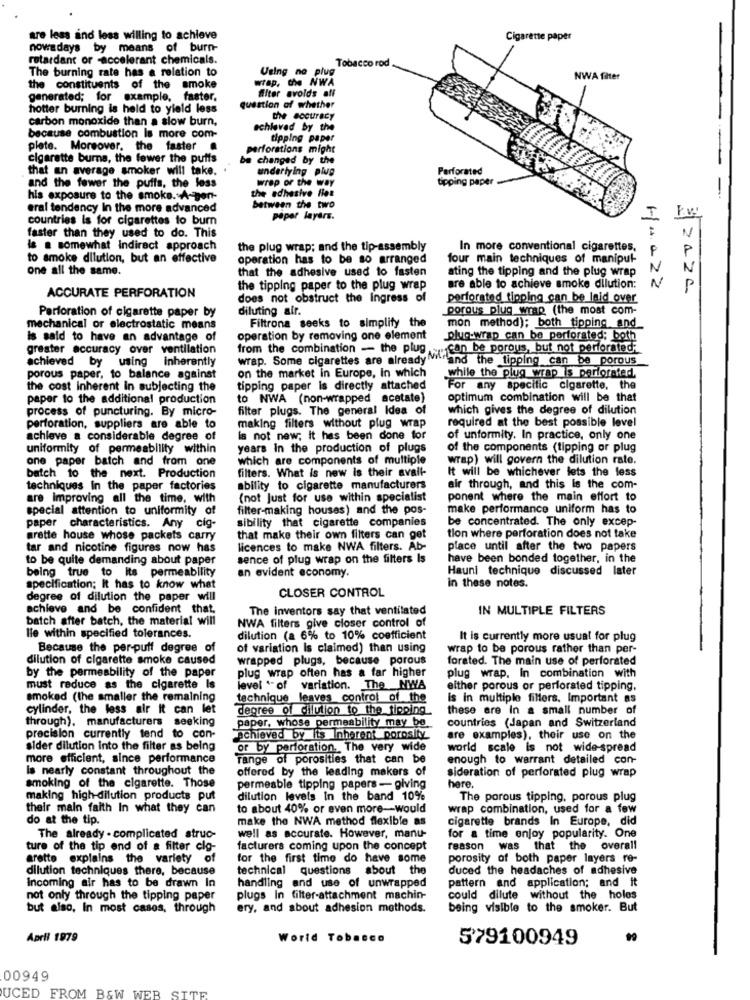
are less and less willing to achieve
Cigarette paper
nowadays by means of burn-
retardant or -accelerant chemicals.
Tobacco rod
The burning rate has a relation to
Using no plug
wrap.the NWA
NWA filter
the constituents of the smoke
filter avolds aff
generated; for example, faster,
hotter burning is held to yield less
question of whether
carbon monoxide than a slow burn,
the accuracy
achieved by the
because combustion Is more com-
tipping paper
plete. Moreover, the faster
perforations might
cigarette burns, the fewer the puffs
be changed by the
that an average smoker will take.
underlying plug
Perforated
tipping paper
and the fewer the puffs, the loss
the adhesive fiet
wrap or the way
his exposure to the smoke. A-gen-
eral tendency In the more advanced
between the two
countries is for cigarettes to burn
paper layers.
I
Ew
faster than they used to do. This
is a somewhat Indirect approach
the plug wrap; and the tip-assembly
In more conventional cigarettes,
to smoke dilution, but an effective
operation has to be so arranged
four main techniques of manipul-
P
one all the same.
that the adhesive used to fasten
ating the tipping and the plug wrap
N
the tipping paper to the plug wrap
are able to achieve smoke dilution:
N
ACCURATE PERFORATION
does not obstruct the Ingress of
perforated tipping can be laid over
diluting air.
porous plug wrap (the most com-
Perforation of cigarette paper by
mechanical or electrostatic means
Filtrona seeks to simplify the
mon method); both tipping and
is said to have an advantage of
operation by removing one element
plug-wrap can be perforated; both
greater accuracy over ventilation
from the combination - the plug we can be porous, but not perforated
achieved by using inherently
wrap. Some cigarettes are already frand the tipping can be porous
porous paper, to balance against
on the market in Europe, In which
while the plug wrap is perforated.
the cost inherent in subjecting the
tipping paper is directly attached
For any specific cigarette, the
paper to the additional production
to NWA (non-wrapped acetate)
optimum combination will be that
process of puncturing. By micro-
filter plugs. The general Idea of
which gives the degree of dilution
required at the best possible level
perforation, suppliers are able to
making filters without plug wrap
achieve a considerable degree of
is not new; it has been done for
of unformity. In practice, only one
uniformity of permeability within
years in the production of plugs
of the components (tipping or plug
one paper batch and from one
which are components of multiple
wrap) will govern the dilution rate.
filters. What is new is their avail-
batch to the next. Production
It will be whichever lets the less
techniques in the paper factories
ability to cigarette manufacturers
air through, and this Is the com-
are Improving all the time, with
(not Just for use within specialist
ponent where the main effort to
special attention to uniformity of
filter-making houses) and the pos-
make performance uniform has to
sibility that cigarette companies
be concentrated. The only excep-
paper characteristics. Any cig-
grette house whose packets carry
that make their own filters can get
tion where perforation does not take
tar and nicotine figures now has
licences to make NWA filters. Ab-
place until after the two papers
to be quite demanding about paper
sence of plug wrap on the filters Is
have been bonded together, in the
Hauni technique discussed later
being true to Its permeability
an evident economy.
in these notes.
specification; It has to know what
degree of dilution the paper will
CLOSER CONTROL
achieve and be confident that.
The inventors say that ventilated
IN MULTIPLE FILTERS
batch after batch, the material will
NWA filters give closer control of
lie within specified tolerances.
dilution (a 6% to 10% coefficient
It is currently more usual for plug
Because the per-puff degree of
of variation Is claimed) than using
wrap to be porous rather than per-
dilution of cigarette smoke caused
wrapped plugs, because porous
forated. The main use of perforated
by the permeability of the paper
plug wrap often has a far higher
plug wrap. In combination with
must reduce as the cigarette Is
level "- of variation. The NWA
either porous or perforated tipping.
smoked (the smaller the remaining
technique leaves control of the
Is in multiple fillers, Important as
cylinder, the less air it can let
degree of dilution to the tipping
these are In a small number of
through). manufacturers seeking
countries (Japan and Switzerland
paper, whose permeability may be
precision currently tend to con-
achieved by its Inherent porosity
are examples), their use on the
sider dilution Into the filter as being
or by perforation. The very wide
world scale is not wide-spread
more efficient, since performance
range of porosities that can be
enough to warrant detailed con-
Is nearly constant throughout the
offered by the leading makers of
sideration of perforated plug wrap
smoking of the cigarette. Those
permeable tipping papers- giving
here.
making high-dilution products put
dilution levels In the band 10%
The porous tipping, porous plug
their main faith In what they can
to about 40% or even more-would
wrap combination, used for a few
do at the tip.
make the NWA method flexible as
cigarette brands In Europe, did
The already . complicated struc-
well as accurate. However, manu-
for a time enjoy popularity. One
ture of the tip end of a filter clg-
facturers coming upon the concept
reason was that the overall
arette explains the variety of
for the first time do have some
porosity of both paper layers re-
dilution techniques there, because
technical questions about the
duced the headaches of adhesive
Incoming air has to be drawn In
handling and use of unwrapped
pattern and application; and it
not only through the tipping paper
plugs In filter-attachment machin-
could dilute without the holes
but also, In most cases, through
ery, and about adhesion methods.
being visible to the smoker. But
April 1979
World Tobacco
579100949
00949
UCED FROM B&W WEB SITE